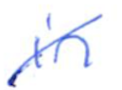
Text: in
Cross-out: diagonal
Writing tool: ballpoint